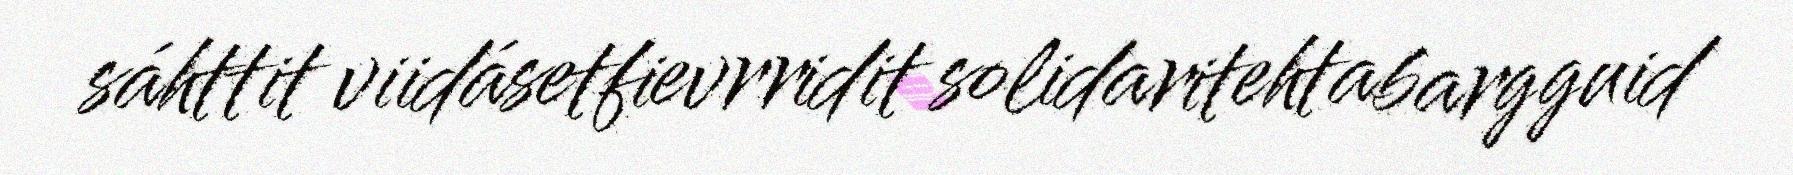
sáhttit viidásetfievrridit solidaritehtabargguid